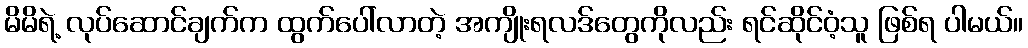
မိမိရဲ့ လုပ်ဆောင်ချက်က ထွက်ပေါ်လာတဲ့ အကျိုးရလဒ်တွေကိုလည်း ရင်ဆိုင်ဝံ့သူ ဖြစ်ရ ပါမယ်။